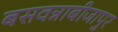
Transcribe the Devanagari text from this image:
बसवन्नाबीजापुर